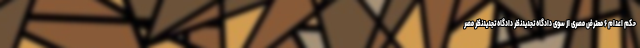
حکم اعدام ۶ معترض مصری از سوی دادگاه تجدیدنظر دادگاه تجدیدنظر مصر